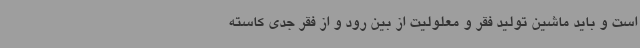
است و باید ماشین تولید فقر و معلولیت از بین رود و از فقر جدی کاسته